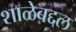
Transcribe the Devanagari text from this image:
शाळेबद्दल